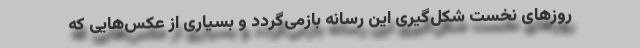
روز‌های نخست شکل‌گیری این رسانه بازمی‌گردد و بسیاری از عکس‌هایی که